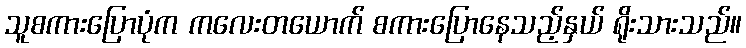
သူစကားပြောပုံက ကလေးတယောက် စကားပြောနေသည့်နှယ် ရိုးသားသည်။